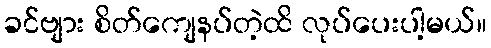
ခင်ဗျား စိတ်ကျေနပ်တဲ့ထိ လုပ်ပေးပါ့မယ်။